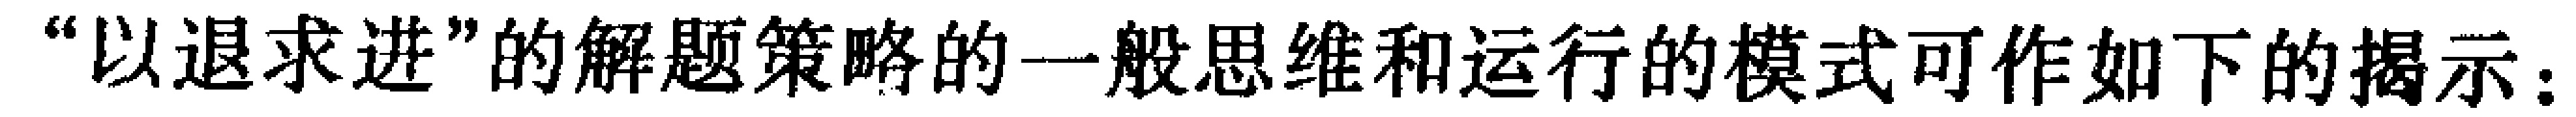
“以退求进”的解题策略的一般思维和运行的模式可作如下的揭示：